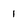
Character: 1